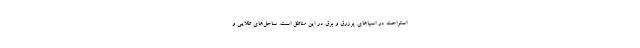
استراحت در اسپاهای پرزرق و برق در این مناطق است. ساحل‌های طلایی و